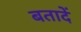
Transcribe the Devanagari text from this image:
बतादें